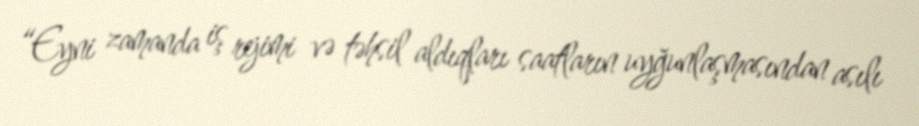
“Eyni zamanda iş rejimi və təhsil aldıqları saatların uyğunlaşmasından asılı